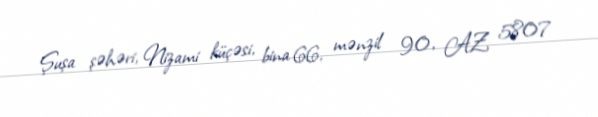
Şuşa şəhəri, Nizami küçəsi, bina 66, mənzil 90, AZ 5807